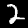
Digit: 2